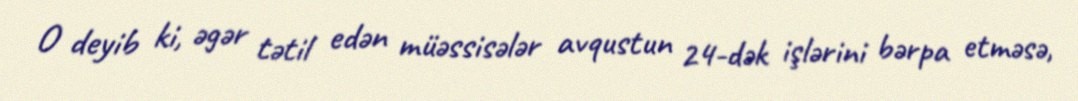
O deyib ki, əgər tətil edən müəssisələr avqustun 24-dək işlərini bərpa etməsə,